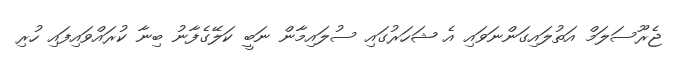
ޖެރޫސަލަމް އަތުލައިގަންނަވައި އެ ޝަހަރުގައި ސުލައިމާން ނަބީ ކަލޭގެފާނު ބިނާ ކުރައްވައިފައި ހުރި